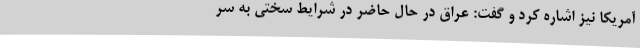
آمریکا نیز اشاره کرد و گفت: عراق در حال حاضر در شرایط سختی به سر